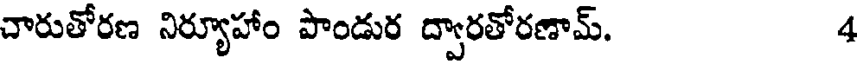
చారుతోరణ నిర్యూహాం పాండుర ద్వారతోరణామ్. 4